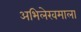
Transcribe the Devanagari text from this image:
अभिलेखमाला